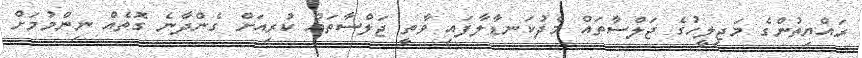
ރައްޔިތުންގެ މަޖިލީހުގެ ޖަލްސާތައް މެދުކަނޑާލާފައި ވާތީ ޖަލްސާތައް ކުރިއަށް ގެންދާނެ ގޮތެއް ނިންމުމަށް